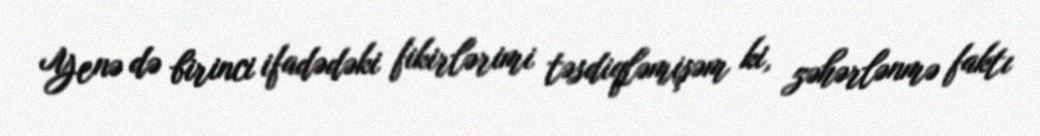
Yenə də birinci ifadədəki fikirlərimi təsdiqləmişəm ki, zəhərlənmə faktı